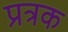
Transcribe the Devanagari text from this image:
प्रत्रक